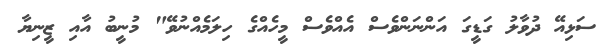
ސަޅިއޭ ދުވާލު ގަޑީގަ އަންނަންވެސް އެއްވެސް މީހެއްގެ ހިލަމެއްނުވޭ" މުނީބު އާއި ޒީނިޔާ